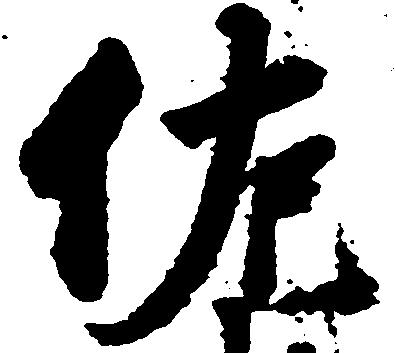
佐